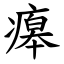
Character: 㿁